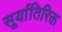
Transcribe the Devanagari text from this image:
सूर्यातिरिक्त